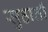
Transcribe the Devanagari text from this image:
सुहाती